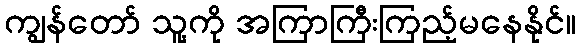
ကျွန်တော် သူ့ကို အကြာကြီးကြည့်မနေနိုင်။